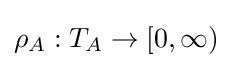
\rho _{A}:T_{A}\to [0,\infty )